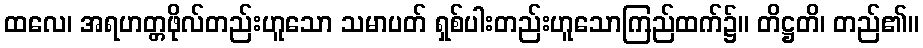
ထလေ၊ အရဟတ္တဖိုလ်တည်းဟူသော သမာပတ် ရှစ်ပါးတည်းဟူသောကြည်ထက်၌။ တိဋ္ဌတိ၊ တည်၏။